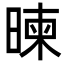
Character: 暕